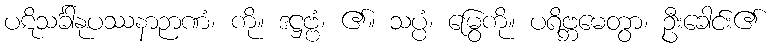
ပဋိသင်္ခါနုပဿနာဉာဏံ၊ ကို။ ဒဋ္ဌဗ္ဗံ၊ ၏။ သပ္ပံ၊ မြွေကို။ ပရိဗ္ဘမေတွာ၊ ဦးခေါင်း၏